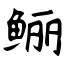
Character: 鲡